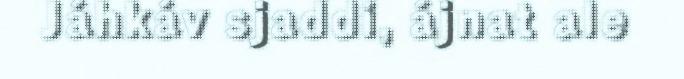
Jáhkáv sjaddi, ájnat ale